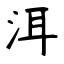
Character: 洱